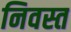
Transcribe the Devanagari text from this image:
निवस्त